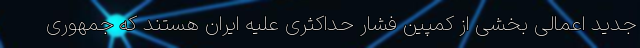
جدید اعمالی بخشی از کمپین فشار حداکثری علیه ایران هستند که جمهوری‌